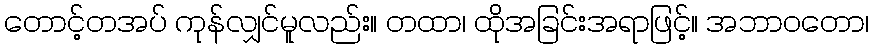
တောင့်တအပ် ကုန်လျှင်မူလည်း။ တထာ၊ ထိုအခြင်းအရာဖြင့်။ အဘာဝတော၊